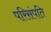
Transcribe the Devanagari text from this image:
परिसंपति